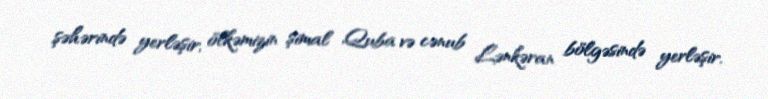
şəhərində yerləşir, ölkəmizin şimal Quba və cənub Lənkəran bölgəsində yerləşir.